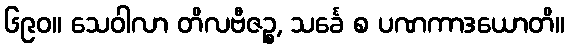
၆၉၀။ သေဝါလာ တိလဗီဇဉ္စ, သင်္ခေ စ ပဏကာဒယောတိ။